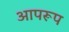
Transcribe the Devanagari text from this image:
आपरूप